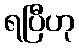
ရပြီဟု